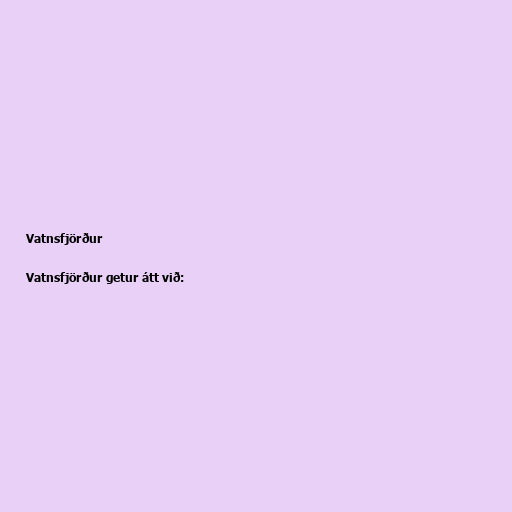
Vatnsfjörður

Vatnsfjörður getur átt við: